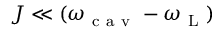
J \ll ( \omega _ { \mathrm { ~ c ~ a ~ v ~ } } - \omega _ { \mathrm { ~ L ~ } } )